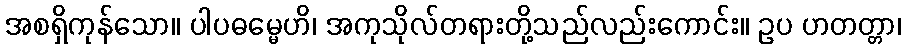
အစရှိကုန်သော။ ပါပဓမ္မေဟိ၊ အကုသိုလ်တရားတို့သည်လည်းကောင်း။ ဥပ ဟတတ္တာ၊